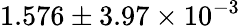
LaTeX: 1.576\pm 3.97\times 10^{-3}